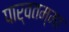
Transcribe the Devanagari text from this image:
पार्वतम्मा